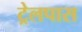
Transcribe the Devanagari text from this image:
ट्रेलपास